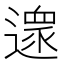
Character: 𨖼